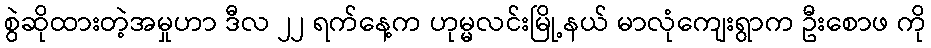
စွဲဆိုထားတဲ့အမှုဟာ ဒီလ ၂၂ ရက်နေ့က ဟုမ္မလင်းမြို့နယ် မာလုံကျေးရွာက ဦးစောဖ ကို